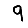
Digit: 9